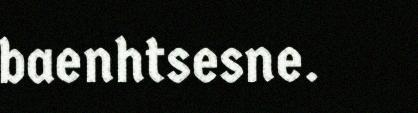
baenhtsesne.